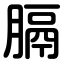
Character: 膈